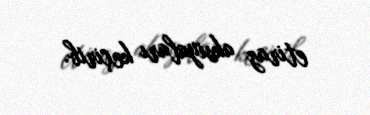
etiraz aksiyaları keçirib.